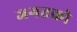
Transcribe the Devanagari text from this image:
जगतको